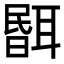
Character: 𦖫